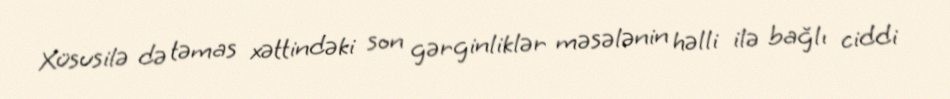
Xüsusilə də təmas xəttindəki son gərginliklər məsələnin həlli ilə bağlı ciddi